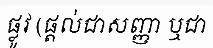
ផ្លូវ (ផ្តល់ជាសញ្ញា ឬជា